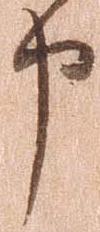
申